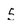
Character: 5